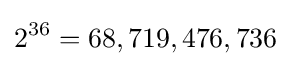
2^{36}=68,719,476,736